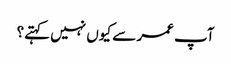
آپ عمر سے کیوں نہیں کہتے؟